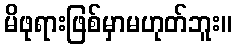
မိဖုရားဖြစ်မှာမဟုတ်ဘူး။